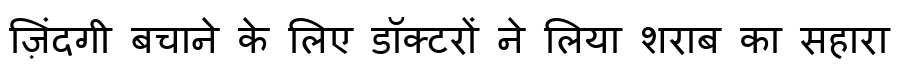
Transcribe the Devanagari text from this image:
ज़िंदगी बचाने के लिए डॉक्टरों ने लिया शराब का सहारा